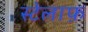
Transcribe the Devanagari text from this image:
स्टेलाफ़